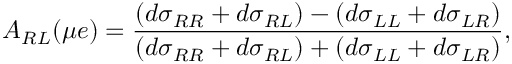
A _ { R L } ( \mu e ) = \frac { ( d \sigma _ { R R } + d \sigma _ { R L } ) - ( d \sigma _ { L L } + d \sigma _ { L R } ) } { ( d \sigma _ { R R } + d \sigma _ { R L } ) + ( d \sigma _ { L L } + d \sigma _ { L R } ) } ,